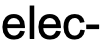
elec-